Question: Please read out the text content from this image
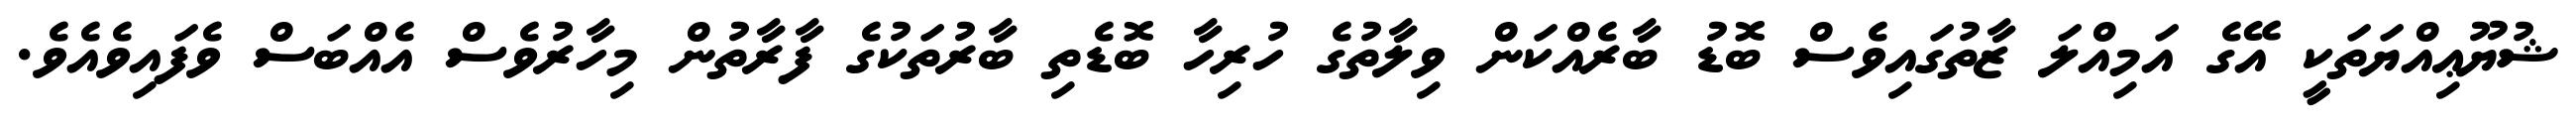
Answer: ޝުޔޫޢިއްޔަތަކީ އޭގެ އަމިއްލަ ޒާތުގައިވެސް ބޮޑު ބާރެއްކަން ވިލާތުގެ ހުރިހާ ބޮޑެތި ބާރުތަކުގެ ފާރާތުން މިހާރުވެސް އެއްބަސް ވެފައިވެއެވެ.